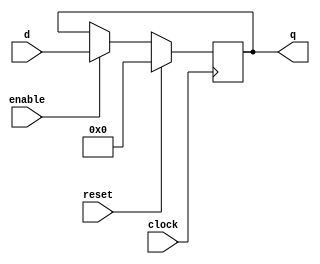
`timescale 1ns / 1ps
//////////////////////////////////////////////////////////////////////////////////
// Company: 
// Engineer: 
// 
// Design Name: 
// Module Name: register
// Project Name: 
// Target Devices: 
// Tool Versions: 
// Description: 
// 
// Dependencies: 
// 
// Revision:
// Revision 0.01 - File Created
// Additional Comments:
// 
//////////////////////////////////////////////////////////////////////////////////



module register#(parameter SIZE = 16,RESET_VAL=0)(
    output reg [SIZE-1:0] q,
    input [SIZE-1:0] d,
    input reset,
    input enable,
    input clock
    );
    always@(posedge clock)
        if(reset)
            q<=RESET_VAL;
        else
            if(enable)
                q<=d;
endmodule